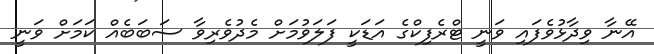
އޭނާ ވިދާޅުވެފައި ވަނީ ޓްރެފިކްގެ އަޑަކީ ފަލަވުމަށް މެދުވެރިވާ ސަބަބެއް ކަމަށް ވަނީ